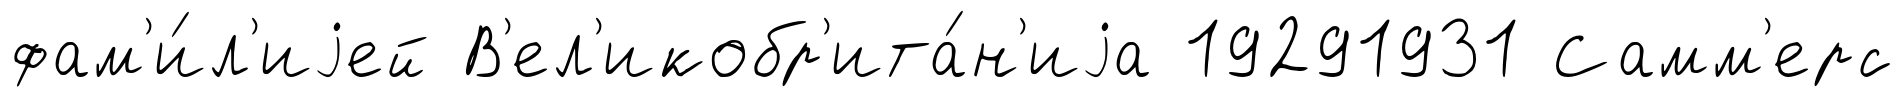
фам'и́л'иjей В'ел'икобр'ита́н'иjа 19291931 Самм'ерс